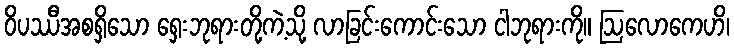
ဝိပဿီအစရှိသော ရှေးဘုရားတို့ကဲ့သို့ လာခြင်းကောင်းသော ငါဘုရားကို။ ဩလောကေဟိ၊